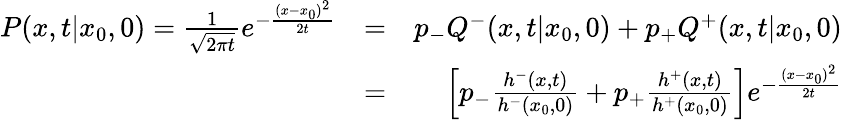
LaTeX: \begin{array}{rlr}{P(x,t|x_{0},0)=\frac{1}{\sqrt{2\pi t}}e^{-\frac{(x-x_{0})^{2}}{2t}}}&{=}&{p_{-}Q^{-}(x,t|x_{0},0)+p_{+}Q^{+}(x,t|x_{0},0)}\\ &{=}&{\left[p_{-}{\frac{h^{-}(x,t)}{h^{-}(x_{0},0)}}+p_{+}{\frac{h^{+}(x,t)}{h^{+}(x_{0},0)}}\right]e^{-\frac{(x-x_{0})^{2}}{2t}}}\end{array}